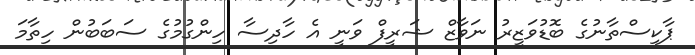
ޕާކިސްތާނުގެ ބޮޑުވަޒީރު ނަވާޒް ޝަރީފް ވަނީ އެ ހާދިސާ ހިންގުމުގެ ސަބަބުން ހިތާމަ